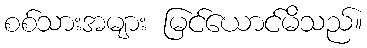
စစ်သားအများ မြင်ယောင်မိသည်။